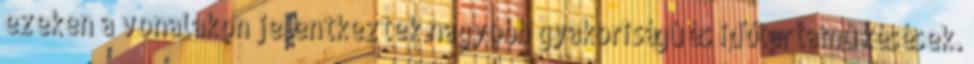
ezeken a vonalakon jelentkeztek nagyobb gyakoriságú és időtartamú késések.